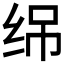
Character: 𬘣